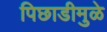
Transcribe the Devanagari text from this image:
पिछाडीमुळे